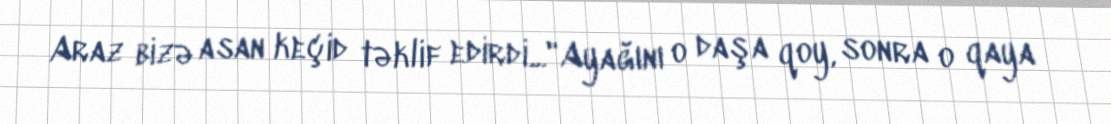
Araz bizə asan keçid təklif edirdi..."Ayağını o daşa qoy, sonra o qaya